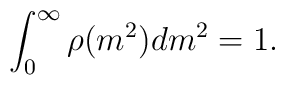
\int_0^{\infty}\rho(m^2)dm^2=1.